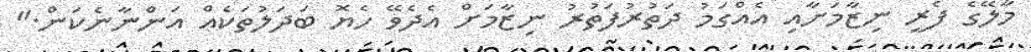
މާލޭގެ ފެރީ ނިޒާމަށާއި އެއްގަމު ދަތުރުފަތުރު ނިޒާމަށް އެދެވޭ ހެޔޮ ބަދަލުތަކެއް އަންނާނެކަން."